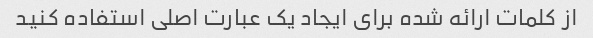
از کلمات ارائه شده برای ایجاد یک عبارت اصلی استفاده کنید